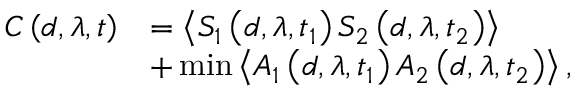
\begin{array} { r l } { C \left( d , \lambda , t \right) } & { = \left\langle S _ { 1 } \left( d , \lambda , t _ { 1 } \right) S _ { 2 } \left( d , \lambda , t _ { 2 } \right) \right\rangle } \\ & { + \operatorname* { m i n } \left\langle A _ { 1 } \left( d , \lambda , t _ { 1 } \right) A _ { 2 } \left( d , \lambda , t _ { 2 } \right) \right\rangle , } \end{array}